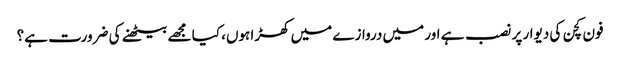
فون کچن کی دیوار پر نصب ہے اور میں دروازے میں کھڑا ہوں، کیا مجھے بیٹھنے کی ضرورت ہے؟